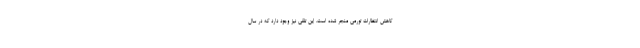
کاهش انتظارات تورمی منجر شده است. این تلقی نیز وجود دارد که در سال